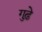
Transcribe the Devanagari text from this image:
गुढ़े